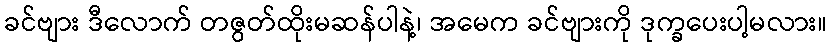
ခင်ဗျား ဒီလောက် တဇွတ်ထိုးမဆန်ပါနဲ့၊ အမေက ခင်ဗျားကို ဒုက္ခပေးပါ့မလား။